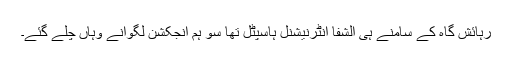
رہائش گاہ کے سامنے ہی الشفا انٹرنیشنل ہاسپٹل تھا سو ہم انجکشن لگوانے وہاں چلے گئے۔